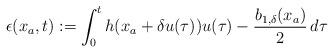
LaTeX: \begin{align*}\epsilon(x_a,t):= \int_0^t h(x_a+\delta u(\tau))u(\tau)-\dfrac{b_{1,\delta}(x_a)}{2} \,d\tau\end{align*}